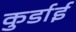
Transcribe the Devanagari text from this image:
कुर्डाई